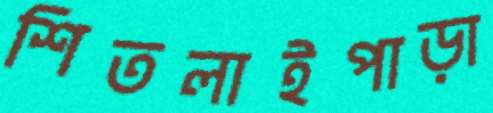
শিতলাইপাড়া